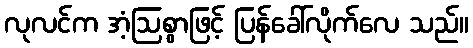
လုလင်က အံ့ဩစွာဖြင့် ပြန်ခေါ်လိုက်လေ သည်။